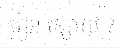
រៀន ខ្សោយ ?